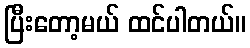
ပြီးတော့မယ် ထင်ပါတယ်။